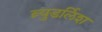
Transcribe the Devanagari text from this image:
ब्र्युडर्लिश